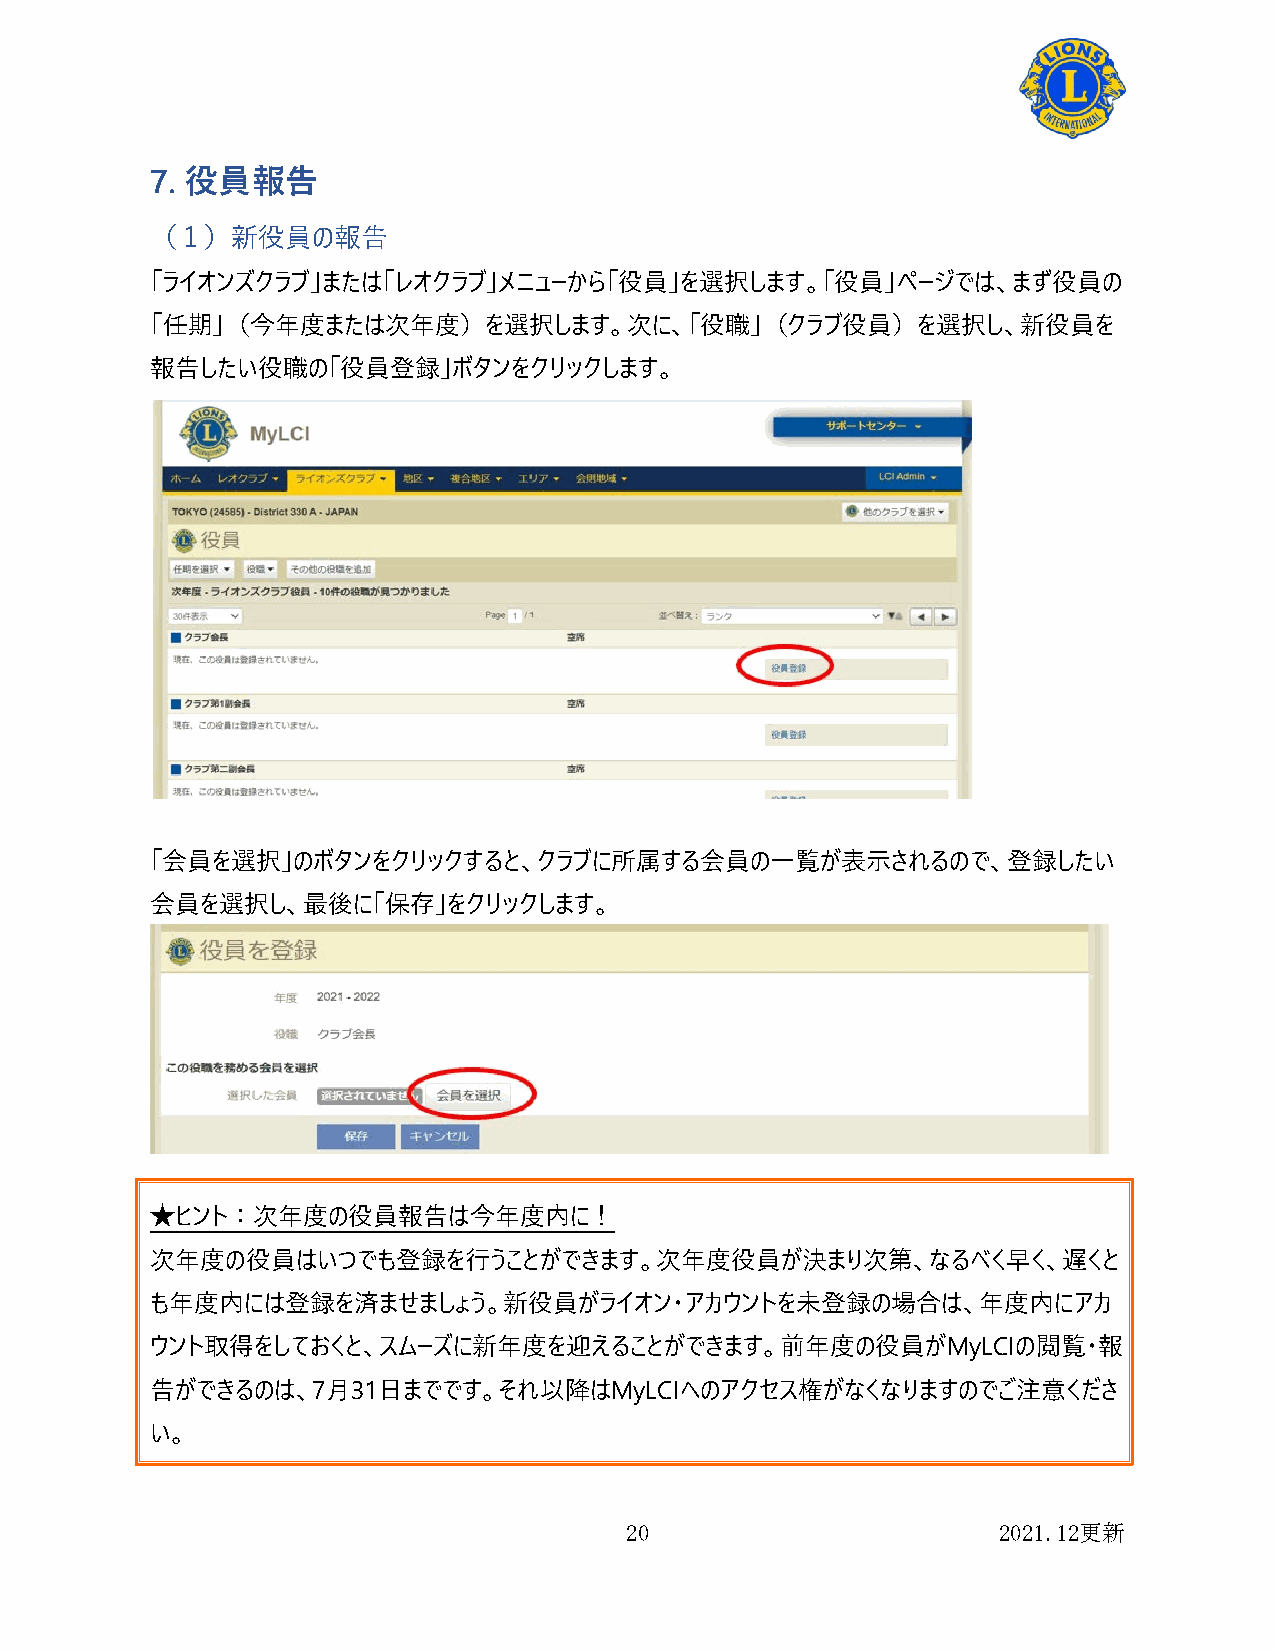
7. 役員報告
 （１）新役員の報告
 「ライオンズクラブ」または「レオクラブ」メニューから「役員」を選択します。「役員」ページでは、まず役員の
 「任期」（今年度または次年度）を選択します。次に、「役職」（クラブ役員）を選択し、新役員を
 報告したい役職の「役員登録」ボタンをクリックします。
 「会員を選択」のボタンをクリックすると、クラブに所属する会員の一覧が表示されるので、登録したい
 会員を選択し、最後に「保存」をクリックします。
 ★ヒント：次年度の役員報告は今年度内に！
 次年度の役員はいつでも登録を行うことができます。次年度役員が決まり次第、なるべく早く、遅くと
 も年度内には登録を済ませましょう。新役員がライオン・アカウントを未登録の場合は、年度内にアカ
 ウント取得をしておくと、スムーズに新年度を迎えることができます。前年度の役員がMyLCIの閲覧・報
 告ができるのは、7月31日までです。それ以降はMyLCIへのアクセス権がなくなりますのでご注意くださ
 い。
 20                       2021.12更新